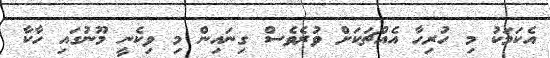
އެކަމަކު މި ހުރިހާ އެއްޗަކަށް ވުރެވެސް ގިނައިން މި ވިކެނީ މޫނުގައި ހާކާ